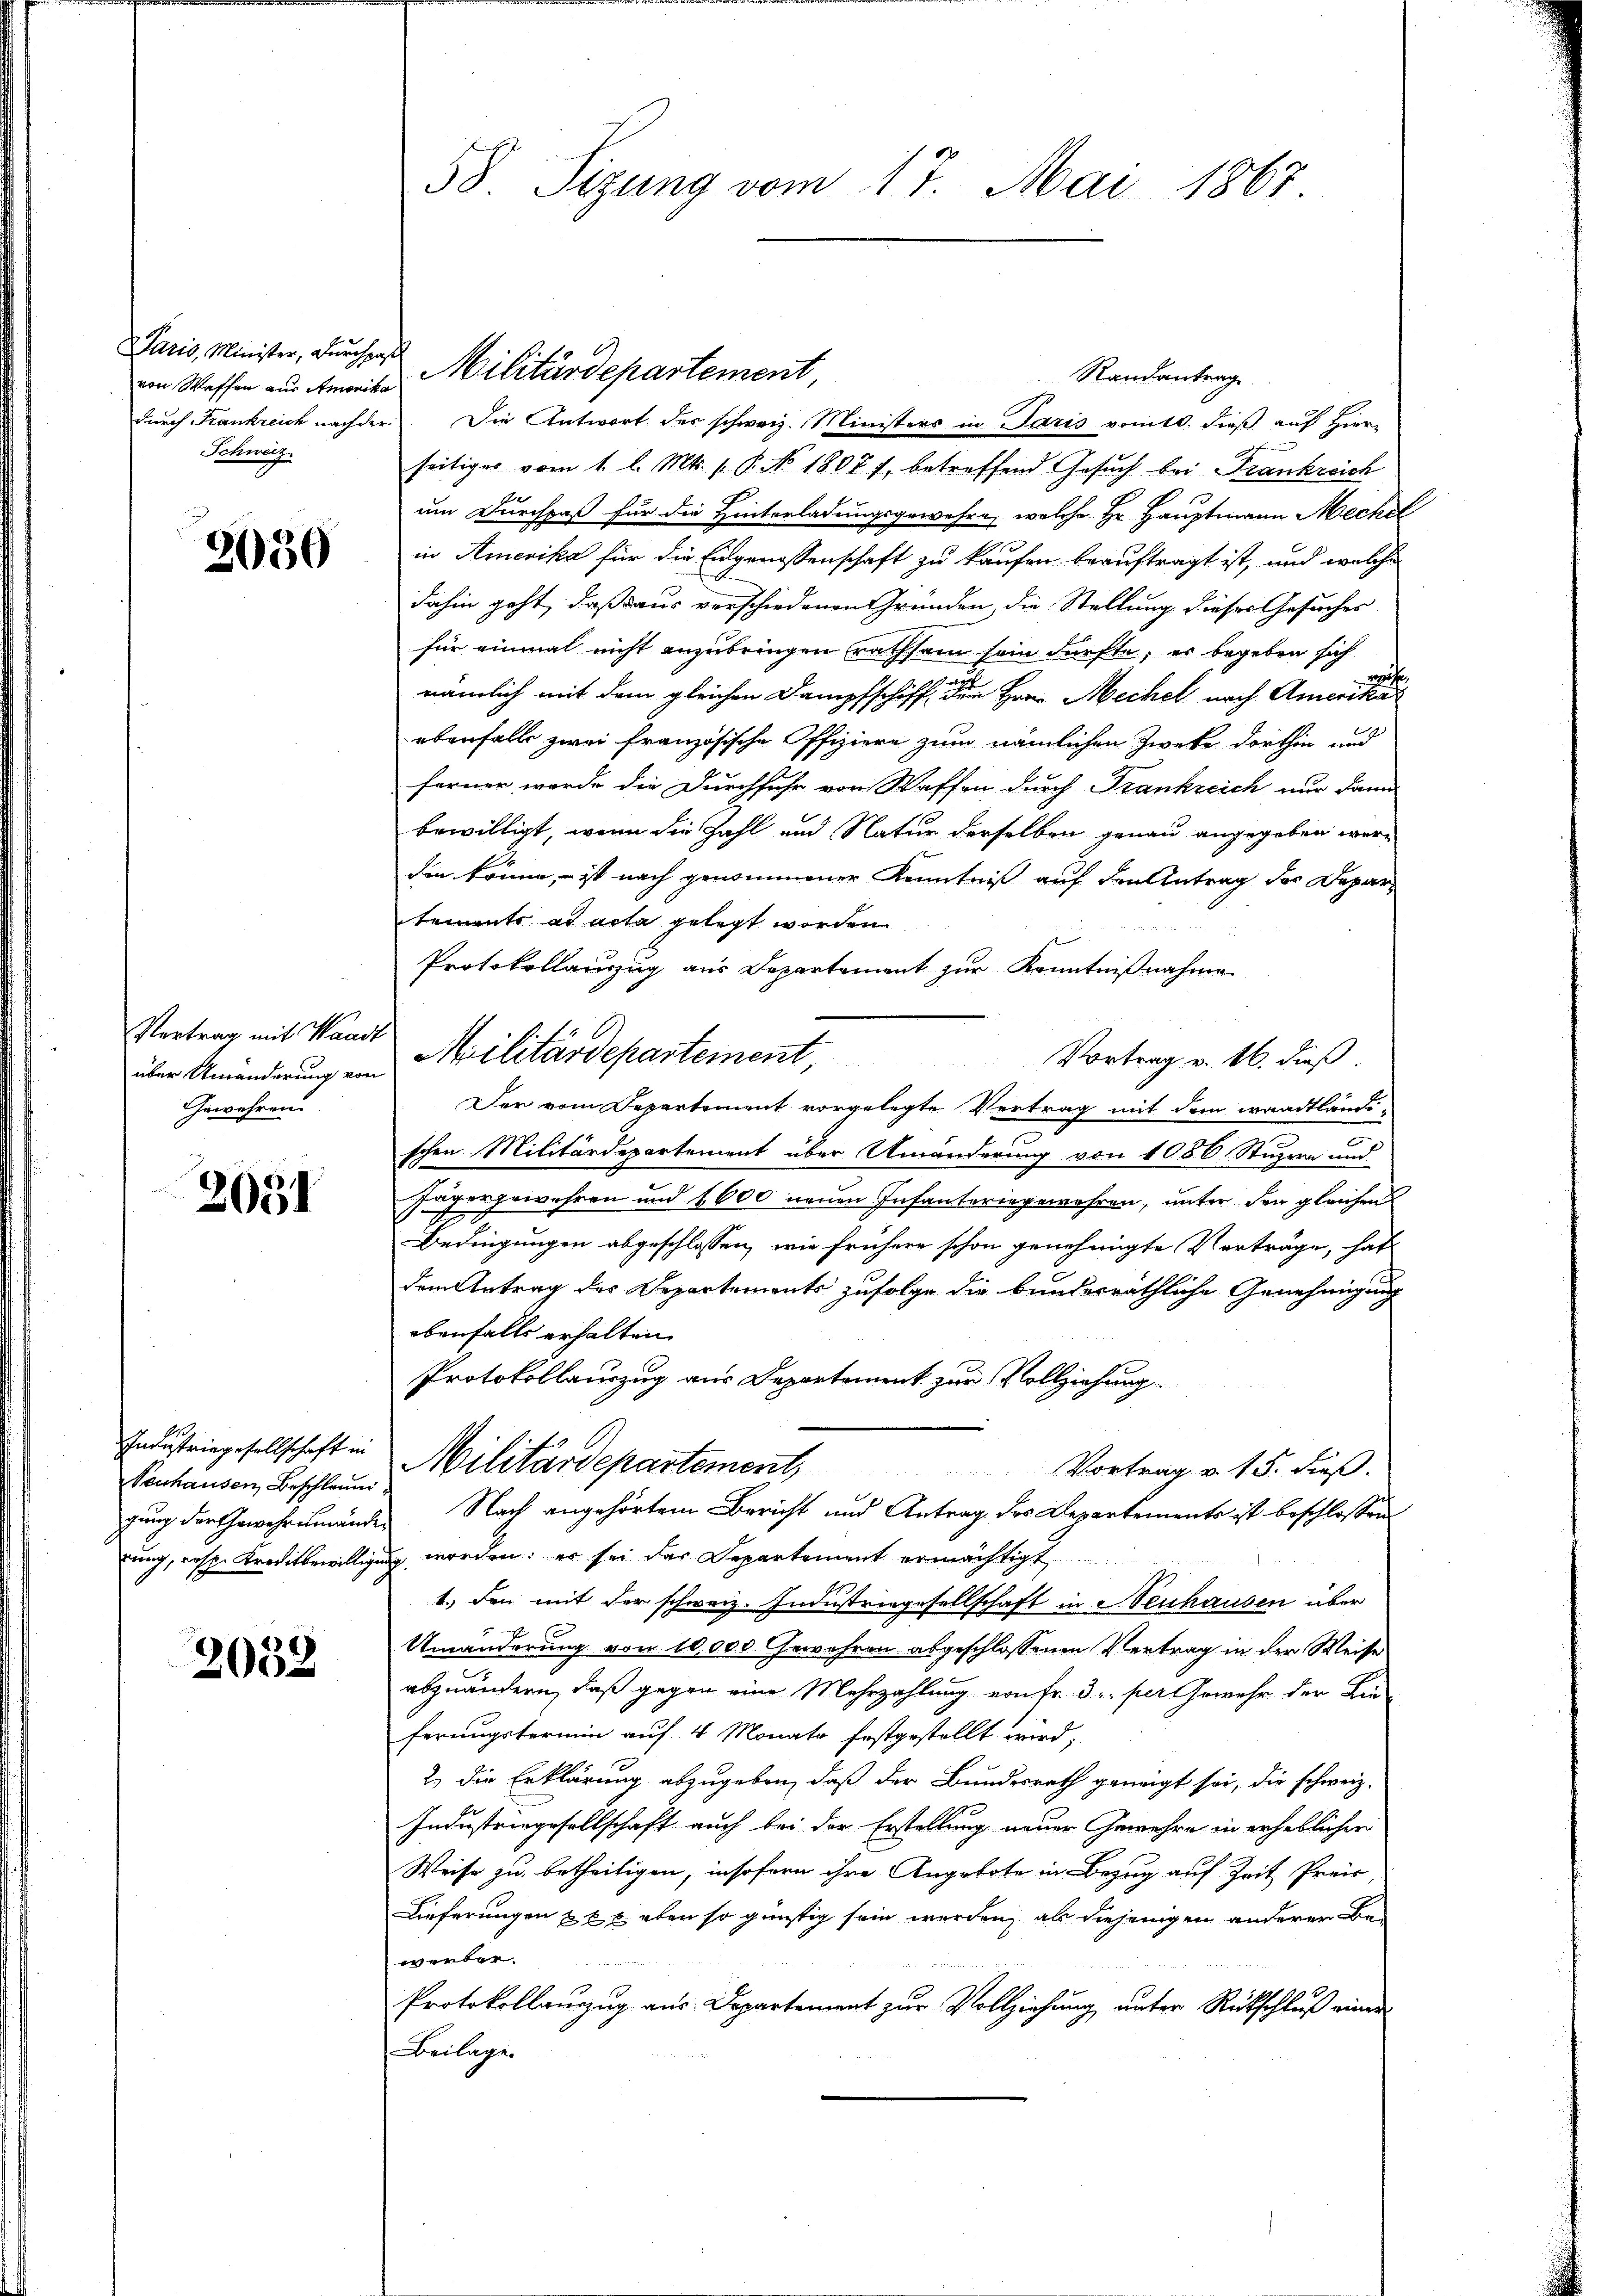
Paris, Minister, Durchpaß
von Waffen aus Amerika
Schweiz.

3030

Vertrag mit Waadt
Gewehren.

2051

Industriegesellschaft in
Senhausen Beschleuni¬

2032

58 Sitzung vom 17. Mai 1867

Randantrag
durch Krankreich nachder. Die Antwort des schweiz. Ministers in Paris vomtl. dieß auf Hier-
seitiges vom 1. l. Mts. 1. P. No. 1807 f. betreffend Gesuch bei Frankreich
E
um Durchpaß für die Hinterladungsgewehre, welche Hr. Hauptmann Meckel
in Amerika für die Eidgenossenschaft zu kaufen beauftragt ist, und welche
dahin geht, daß aus verschiedenen Gründen, die Stellung dieser Gesuches
für einmal nicht anzubringen rathsam sein dürfte, es begeben sich
nämlich mit dem gleichen Dampfschiff dem Herrn Meckel nach Amerit eine
ebenfalls zwei französische Offiziere zum nämlichen Zweke dorthin und
ferner werde die Durchfuhr von Waffen durch Frankreich nur dann
bewilligt, wenn die Zahl und Natur derselben genau angegeben werden könne, – ist nach genommener Kenntniß auf den Antrag des Depar
tements ad acta gelegt worden
Protokollanzug aus Departement zur Kenntnißnahme
Vortrag v. 16. dieß.
Der vom Departement vorgelegte Vertrag mit dem waadtländi-
schen Militärdepartement über Umänderung von 1086. Stupera und
Jäger gewehren und 1600 neuen Infanteringewehren, unter den gleichen
Bedingungen abgeschlossen, wie frühere schon genehmigte Verträge, hat
dem Antrag des Departements zufolge die bunderräthliche Genehmigung
ebenfalls erhalten
Protokollauszug aus Departement zur Vollziehung.
Militärdepartement. Vortrag v. 15. dieβ.
gung der Gewehrumände Nach angehörtem Bericht und Antrag des Departements ist beschlossen
ung, resp. Kreditbewilligung worden; er sei das Departement ermächtigt
1.) den mit der schweiz. Industriegesellschaft in Neuhausen über
Umänderung von 10,000. Gewehren abgeschlossenen Vertrag in der Weise
abzuändern, daß gegen eine Mehrzahlung von Fr. 3. pertemehr der Lie-
ferungstermin auf 4 Monato festgestellt wird,
2. Die Erklärung abzugeben, daß der Bundesrath geneigt sei, die schweiz.
Industringesellschaft auch bei der Erstellung neuer Gewehre in erheblichen
Weise zu betheiligen, insofern ihre Angebote in Bezug auf Zeit Preis,
Lieferungen xxx eben so günstig sein werden, als diejenigen anderer Bewerber.
Protokollauszug aus Departement zur Vollziehung unter Rückschluß einer
Beilage.

Militärdepartement,

über Umänderung ein Militärdepartement,